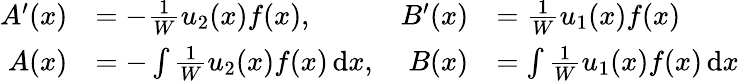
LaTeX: {\begin{array}{rlrl}{A^{\prime}(x)}&{=-{\frac{1}{W}}u_{2}(x)f(x),}&{B^{\prime}(x)}&{={\frac{1}{W}}u_{1}(x)f(x)}\\ {A(x)}&{=-\int{\frac{1}{W}}u_{2}(x)f(x)\, \mathrm{d}x,}&{B(x)}&{=\int{\frac{1}{W}}u_{1}(x)f(x)\, \mathrm{d}x}\end{array}}